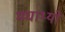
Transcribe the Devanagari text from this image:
मघाभ्यो